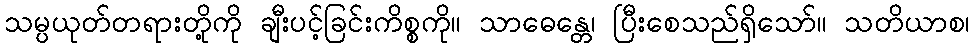
သမ္ပယုတ်တရားတို့ကို ချီးပင့်ခြင်းကိစ္စကို။ သာဓေန္တေ၊ ပြီးစေသည်ရှိသော်။ သတိယာစ၊